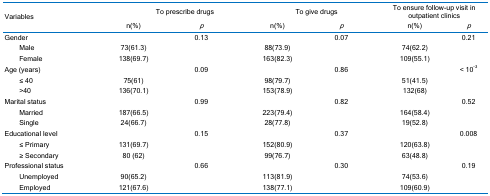
<table><thead><tr><td rowspan="2" colspan="2"><b>Variables</b></td><td colspan="2"><b>To prescribe drugs</b></td><td colspan="2"><b>To give drugs</b></td><td colspan="2"><b>To ensure follow-up visit in outpatient clinics</b></td></tr><tr><td><b>n(%)</b></td><td><b><i>p</i></b></td><td><b>n(%)</b></td><td><b><i>p</i></b></td><td><b>n(%)</b></td><td><b><i>p</i></b></td></tr></thead><tbody><tr><td colspan="2">Gender</td><td> </td><td>0.13</td><td> </td><td>0.07</td><td> </td><td>0.21</td></tr><tr><td> </td><td>Male</td><td>73(61.3)</td><td> </td><td>88(73.9)</td><td> </td><td>74(62.2)</td><td> </td></tr><tr><td> </td><td>Female</td><td>138(69.7)</td><td> </td><td>163(82.3)</td><td> </td><td>109(55.1)</td><td> </td></tr><tr><td colspan="2">Age (years)</td><td> </td><td>0.09</td><td> </td><td>0.86</td><td> </td><td>&lt; 10<sup>-3</sup></td></tr><tr><td> </td><td>≤ 40</td><td>75(61)</td><td> </td><td>98(79.7)</td><td> </td><td>51(41.5)</td><td> </td></tr><tr><td> </td><td>&gt;40</td><td>136(70.1)</td><td> </td><td>153(78.9)</td><td> </td><td>132(68)</td><td> </td></tr><tr><td colspan="2">Marital status</td><td> </td><td>0.99</td><td> </td><td>0.82</td><td> </td><td>0.52</td></tr><tr><td> </td><td>Married</td><td>187(66.5)</td><td> </td><td>223(79.4)</td><td> </td><td>164(58.4)</td><td> </td></tr><tr><td> </td><td>Single</td><td>24(66.7)</td><td> </td><td>28(77.8)</td><td> </td><td>19(52.8)</td><td> </td></tr><tr><td colspan="2">Educational level</td><td> </td><td>0.15</td><td> </td><td>0.37</td><td> </td><td>0.008</td></tr><tr><td> </td><td>≤ Primary</td><td>131(69.7)</td><td> </td><td>152(80.9)</td><td> </td><td>120(63.8)</td><td> </td></tr><tr><td> </td><td>≥ Secondary</td><td>80 (62)</td><td> </td><td>99(76.7)</td><td> </td><td>63(48.8)</td><td> </td></tr><tr><td colspan="2">Professional status</td><td> </td><td>0.66</td><td> </td><td>0.30</td><td> </td><td>0.19</td></tr><tr><td> </td><td>Unemployed</td><td>90(65.2)</td><td> </td><td>113(81.9)</td><td> </td><td>74(53.6)</td><td> </td></tr><tr><td> </td><td>Employed</td><td>121(67.6)</td><td> </td><td>138(77.1)</td><td> </td><td>109(60.9)</td><td> </td></tr></tbody></table>